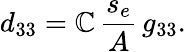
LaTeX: d_{33}=\mathbb{C}\, \frac{{s_{e}}}{{A}}\, g_{33}.